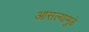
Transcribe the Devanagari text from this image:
आसल्‍यामुळे